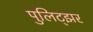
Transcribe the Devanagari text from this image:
पुलिट्झर